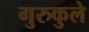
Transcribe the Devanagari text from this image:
गुरुकुले